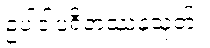
ဥပါဒါပရိတဿနသုတ်။